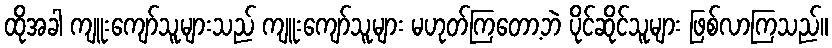
ထိုအခါ ကျူးကျော်သူများသည် ကျူးကျော်သူများ မဟုတ်ကြတော့ဘဲ ပိုင်ဆိုင်သူများ ဖြစ်လာကြသည်။